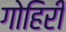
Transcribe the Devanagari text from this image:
गोहिरी